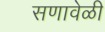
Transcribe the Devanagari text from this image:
सणावेळी